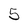
Character: 5